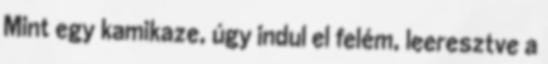
Mint egy kamikaze, úgy indul el felém, leeresztve a